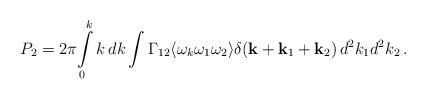
LaTeX: \begin{align*}P\sb2=2\pi\!\int\limits_0\sp kk\,dk\int \Gamma\sb {12}\langle\omega\sb k\omega\sb1\omega\sb2\rangle\delta({\bf k}+{\bf k}\sb1+{\bf k}_2)\,d\sp 2 k\sb1 d\sp 2k\sb2\,.\end{align*}